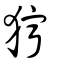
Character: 獰